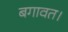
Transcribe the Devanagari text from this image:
बगावत।